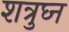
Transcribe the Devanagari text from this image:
शत्रुघ्‍न